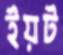
ইয়ট